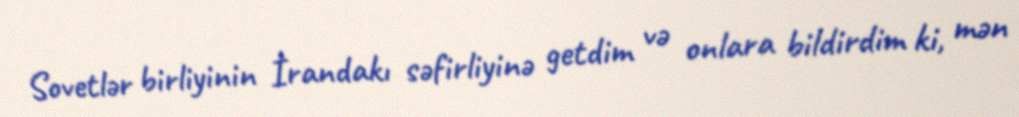
Sovetlər birliyinin İrandakı səfirliyinə getdim və onlara bildirdim ki, mən